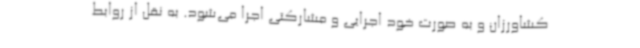
کشاورزان و به صورت خود اجرایی و مشارکتی اجرا می‌شود. به نقل از روابط